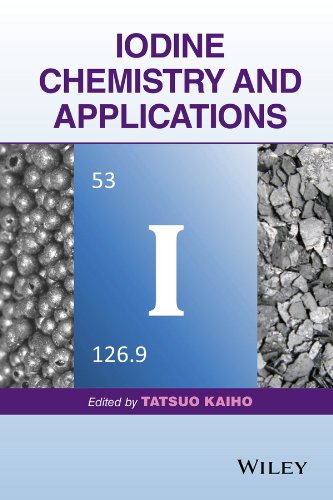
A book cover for Iodine Chemistry and Applications; Tatsuo Kaiho; Science & Math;